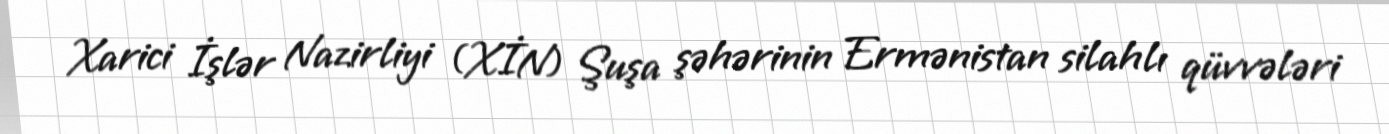
Xarici İşlər Nazirliyi (XİN) Şuşa şəhərinin Ermənistan silahlı qüvvələri